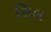
સિલ